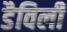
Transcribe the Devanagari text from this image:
डैविली